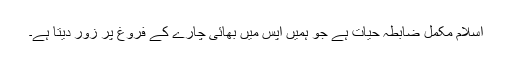
اسلام مکمل ضابطہ حیات ہے جو ہمیں آپس میں بھائی چارے کے فروغ پر زور دیتا ہے۔